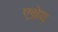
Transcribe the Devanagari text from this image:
एथ्रेय